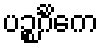
ပဉ္စင်္ဂိကေ